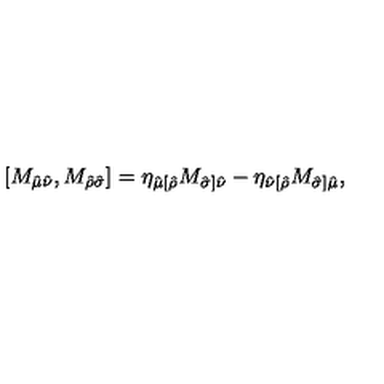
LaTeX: \left[ M _ { \hat { \mu } \hat { \nu } } , M _ { \hat { \rho } \hat { \sigma } } \right] = \eta _ { \hat { \mu } [ \hat { \rho } } M _ { \hat { \sigma } ] \hat { \nu } } - \eta _ { \hat { \nu } [ \hat { \rho } } M _ { \hat { \sigma } ] \hat { \mu } } ,